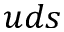
u d s